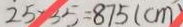
2 5 \times 3 5 = 8 7 5 ( c m )